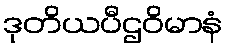
ဒုတိယပီဌဝိမာနံ